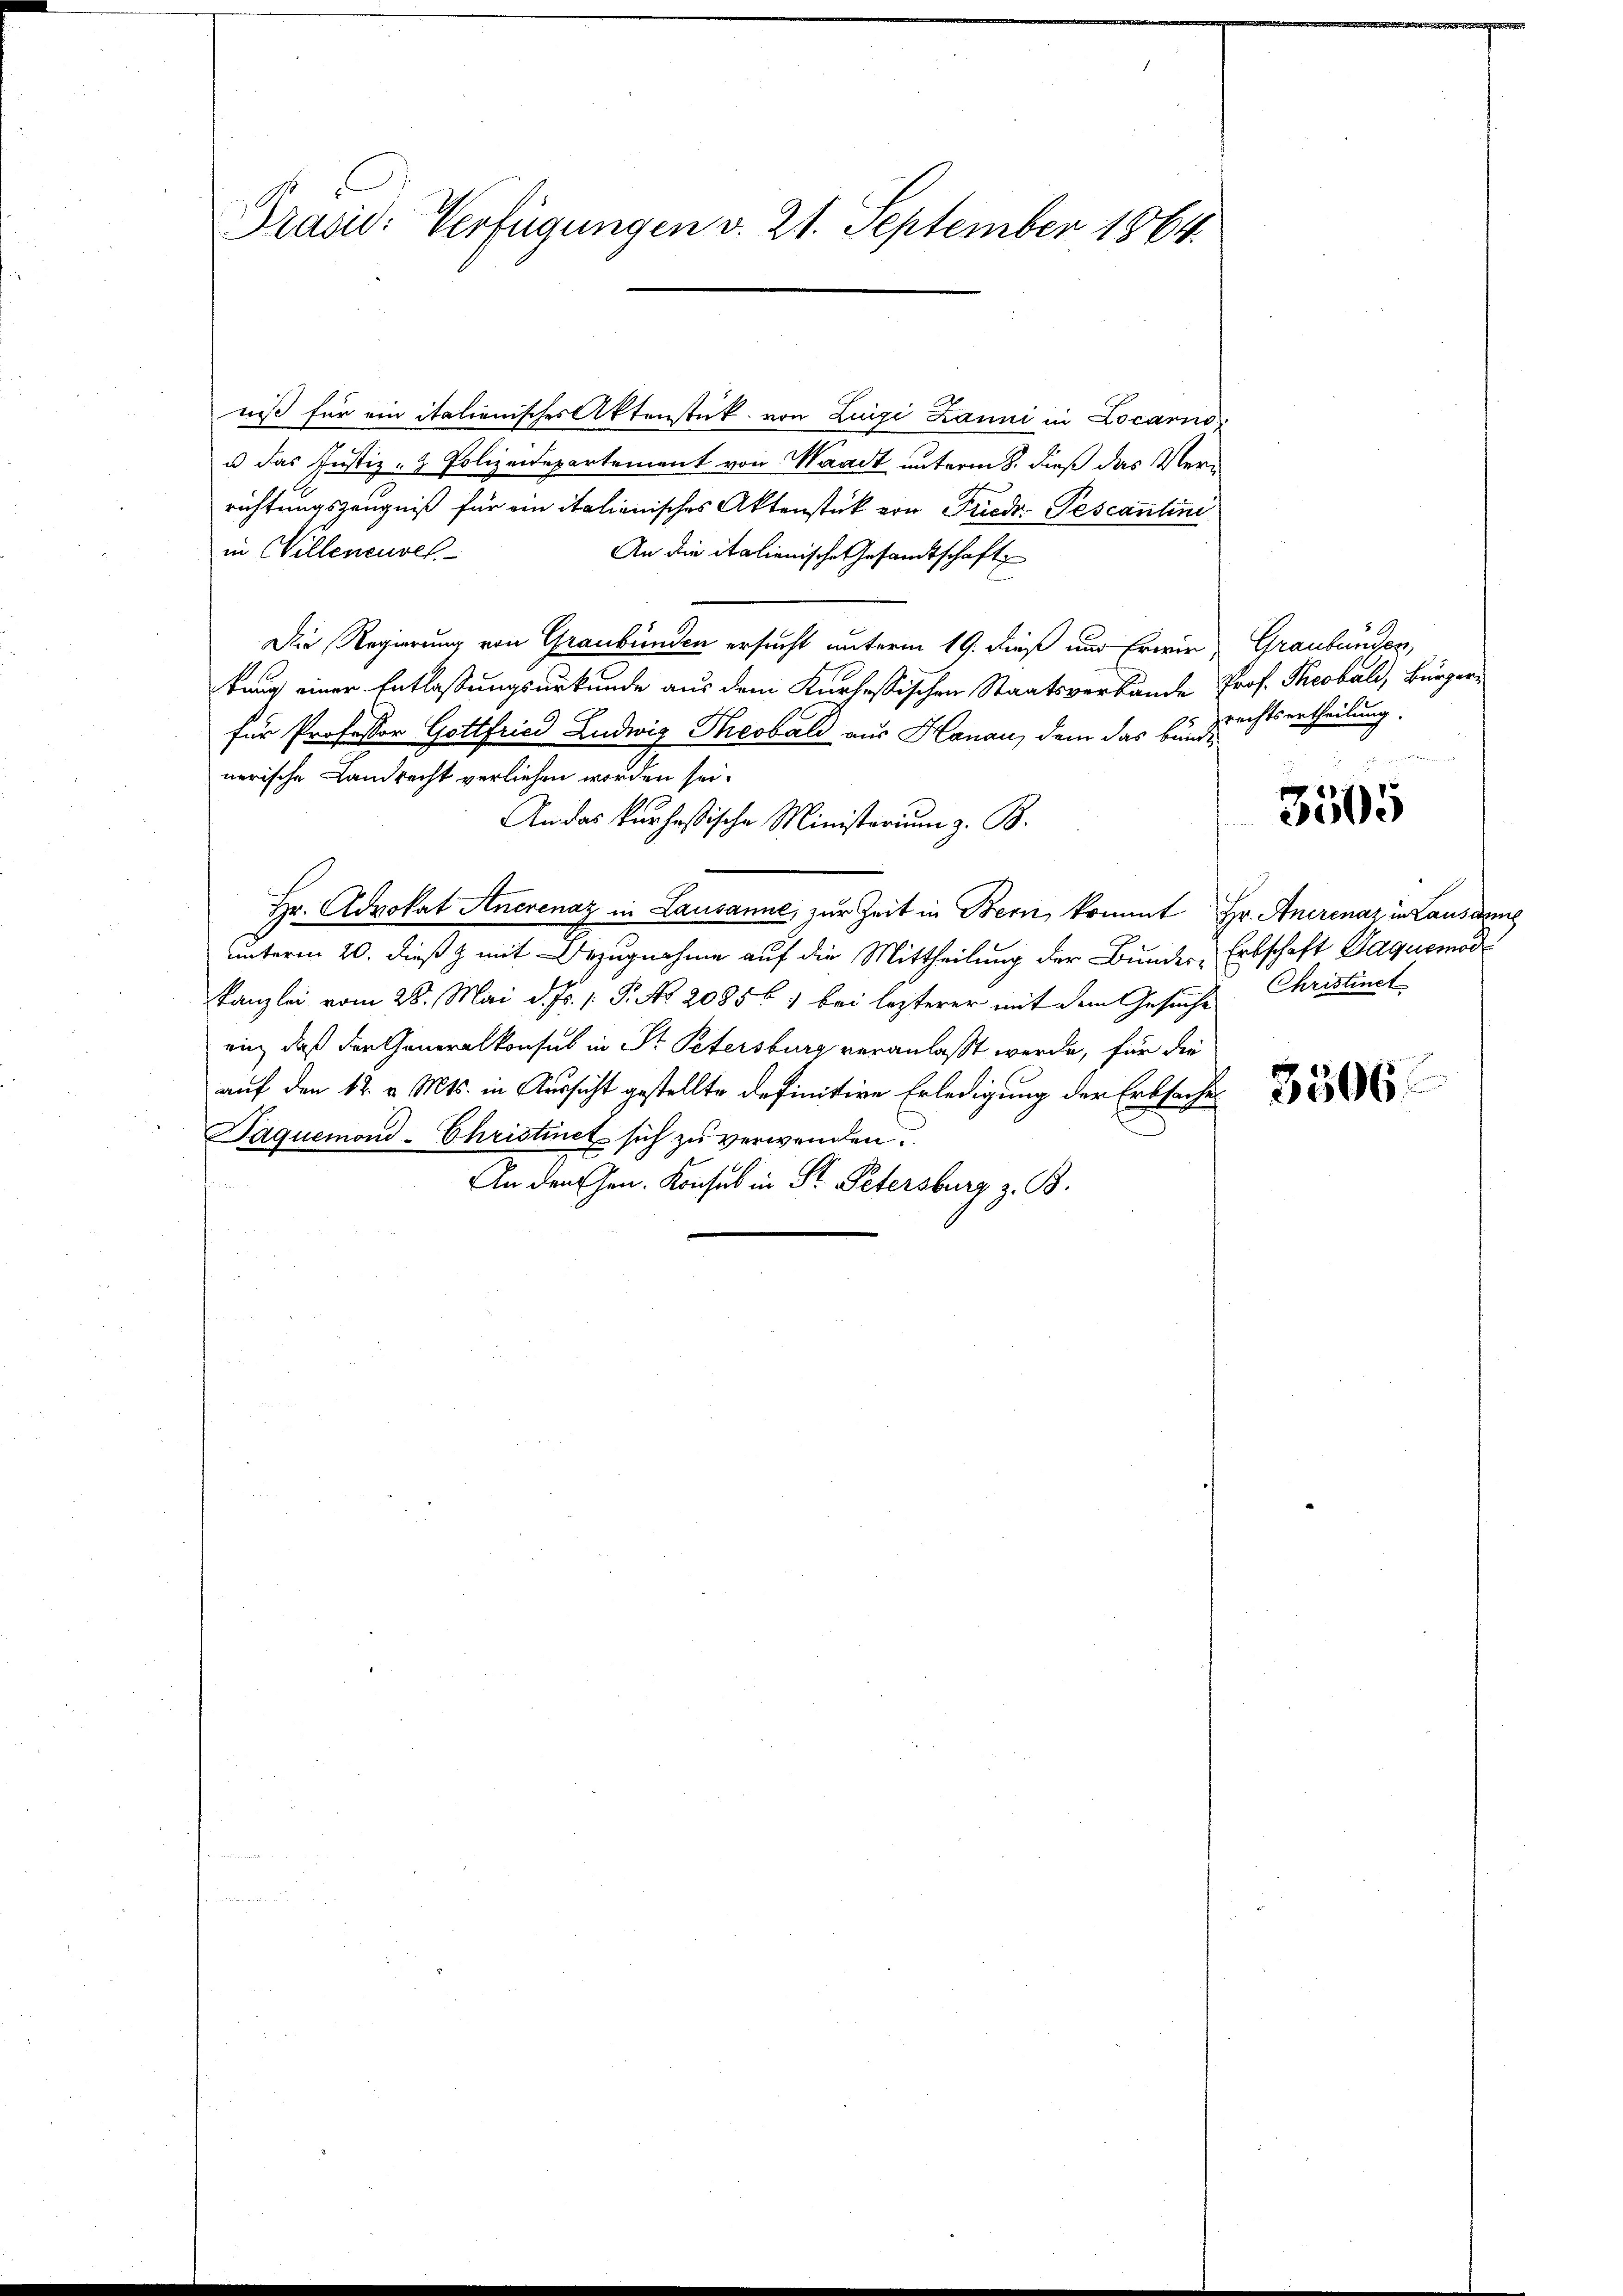
Präad: Verfügungen v. 21. September 1864.

niß für ein italienisches Aktenstück von Luigi Lanni in Locarno
u das Justiz- & Polizeidepartement von Waadt unterm 8. dieß das Verrichtungszeugniß für ein italienisches Aktenstück von Friede Pescantini
in Willenensel
An die italienische Gesandtschaft
Die Regierung von Graubünden ersucht unterm 19. dieß nur Erwir Graubünden,
kung einer Entlaßungsurkunde aus dem Kurhessischen Staatsverbande Prof. Theobald, Bürgerfür Professor Gottfried Ludwig Theobald aus Hanau, dem das bunde
nerische Landrecht verliehen worden sei.
An das kurhesische Ministerium z. B.
Hr. Advokat Anerenaz in Lausanne, zur Zeit in Bern, kommt Hr. Anerenaz in Lausanne
unterm 20. dieß z mit Bezugnahme auf die Mittheilung der Bunder, Erbschaft Paquemod
Kanzlei vom 28. Mai d. Js. 1 P. No 208561 bei lezterer mit dem Gesuche Christinst
ein, daß der Generalkonsul in Str. Petersburg veranlaßt werde, für die
auf den 12. v. Mts. in Aussicht gestellte definitive Erledigung der Erbsache
Jaquemond-Christinet sich zu verwenden.
tiennen
An den Hrn. Konsul in St. Petersburg z. B.

rechtsertheilung.

3505

3506